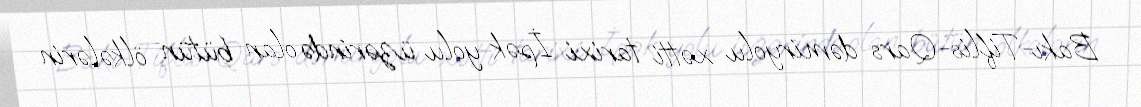
Bakı-Tiflis-Qars dəmiryolu xətti tarixi İpək yolu üzərində olan bütün ölkələrin